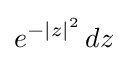
e^{-|z|^{2}}\,dz